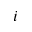
i